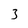
Character: 3